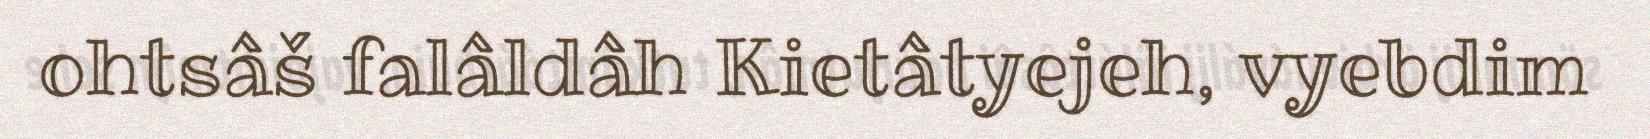
ohtsâš falâldâh Kietâtyejeh, vyebdim